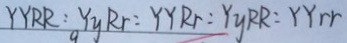
Y Y R R : Y _ { y } R r : Y Y R r : Y y R R : Y Y r r